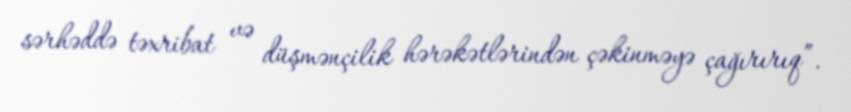
sərhəddə təxribat və düşmənçilik hərəkətlərindən çəkinməyə çağırırıq”.